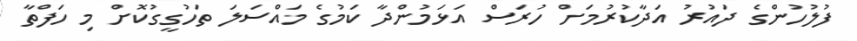
ފުލުހުންގެ ދައުރު އަދާކުރުމަށް ހުރަސް އަޅަމުންދާ ކަމުގެ މައްސަލަ ތަހުގީގުކޮށް މި ހަފްތާ